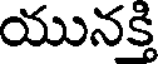
యునక్తి